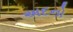
અદનો